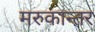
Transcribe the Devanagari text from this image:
मरुकान्तर